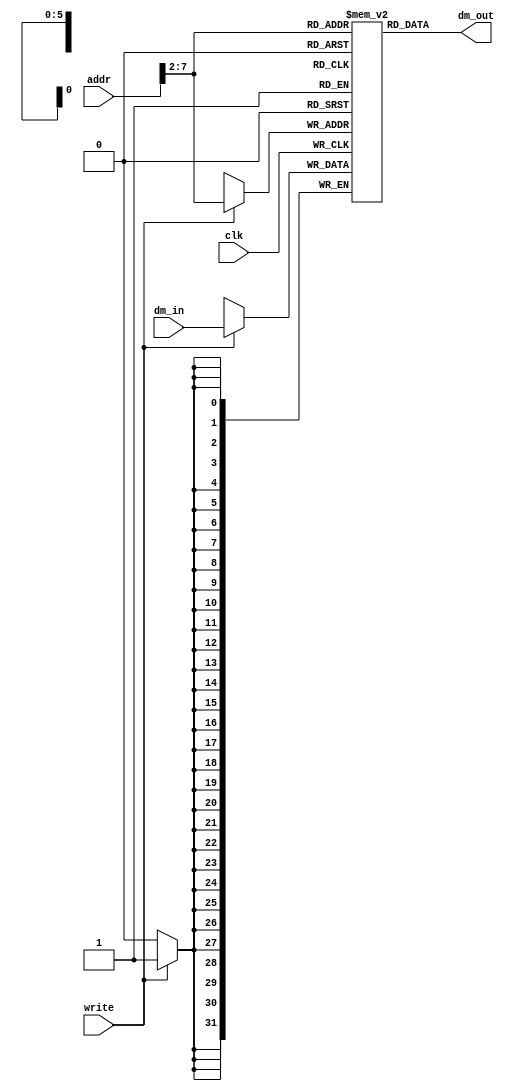
/************************************************
  The Verilog HDL code example is from the book
  Computer Principles and Design in Verilog HDL
  by Yamin Li, published by A JOHN WILEY & SONS
************************************************/
module scdatamem_i2c_eeprom (clk,addr,dm_in,write,dm_out);
    input         clk;                              // clock
    input         write;                            // data memory write
    input  [31:0] addr;                             // data memory address
    input  [31:0] dm_in;                            // data memory data in
    output [31:0] dm_out;                           // data memory data out
    reg    [31:0] ram [63:0];                       // 256B, high end: stack
    assign dm_out = ram[addr[7:2]];
    always @(posedge clk)
        if (write) ram[addr[7:2]] <= dm_in;
    initial begin
        ram[4'h0] = 32'b01000011011011110110110101110000;
        ram[4'h1] = 32'b01110101011101000110010101110010;
        ram[4'h2] = 32'b00100000010100000111001001101001;
        ram[4'h3] = 32'b01101110011000110110100101110000;
        ram[4'h4] = 32'b01101100011001010111001100100000;
        ram[4'h5] = 32'b01100001011011100110010000100000;
        ram[4'h6] = 32'b01000100011001010111001101101001;
        ram[4'h7] = 32'b01100111011011100010000001101001;
        ram[4'h8] = 32'b01101110001000000101011001100101;
        ram[4'h9] = 32'b01110010011010010110110001101111;
        ram[4'ha] = 32'b01100111001000000100100001000100;
        ram[4'hb] = 32'b01001100000000000000000000000000;
        ram[4'hc] = 32'b00000000000000000000000000000000;
        ram[4'hd] = 32'b00000000000000000000000000000000;
        ram[4'he] = 32'b00000000000000000000000000000000;
        ram[4'hf] = 32'b00000000000000000000000000000000;
    end
endmodule